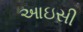
આઇસી